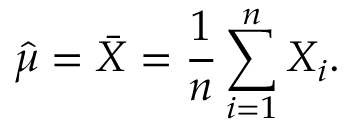
{ \hat { \mu } } = { \bar { X } } = { \frac { 1 } { n } } \sum _ { i = 1 } ^ { n } X _ { i } .